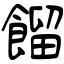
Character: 餾